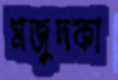
মজুদকা